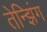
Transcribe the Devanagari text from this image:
तेन्झिंग